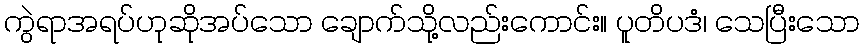
ကွဲရာအရပ်ဟုဆိုအပ်သော ချောက်သို့လည်းကောင်း။ ပူတိပဒံ၊ သေပြီးသော